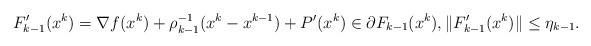
LaTeX: \begin{align*} F'_{k-1}(x^k)=\nabla f(x^k)+\rho_{k-1}^{-1}(x^k-x^{k-1})+P'(x^k) \in \partial F_{k-1}(x^k), \|F'_{k-1}(x^k)\|\leq\eta_{k-1}.\end{align*}